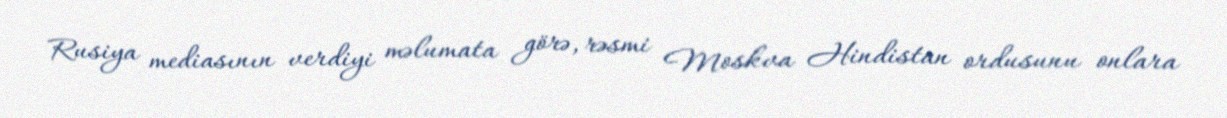
Rusiya mediasının verdiyi məlumata görə, rəsmi Moskva Hindistan ordusunu onlara